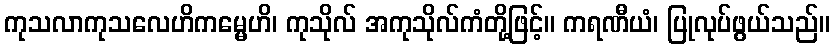
ကုသလာကုသလေဟိကမ္မေဟိ၊ ကုသိုလ် အကုသိုလ်ကံတို့ဖြင့်။ ကရဏီယံ၊ ပြုလုပ်ဖွယ်သည်။